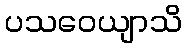
ပသဝေယျာသိ